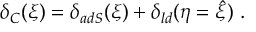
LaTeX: \delta _ { C } ( \xi ) = \delta _ { a d S } ( \xi ) + \delta _ { l d } ( \eta = \hat { \xi } ) \ .